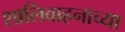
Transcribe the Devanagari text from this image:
शालिवाहनाच्या